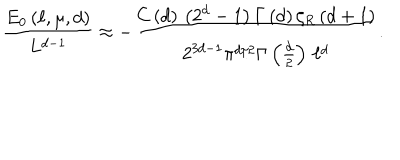
\frac { E _ { 0 } \left( \ell , \mu , d \right) } { L ^ { d - 1 } } \approx - \frac { C \left( d \right) \, \left( 2 ^ { d } - 1 \right) \Gamma \left( d \right) \zeta _ { R } \left( d + 1 \right) } { 2 ^ { 3 d - 1 } \pi ^ { d / 2 } \Gamma \left( \frac { d } { 2 } \right) \, \ell ^ { d } } .